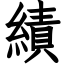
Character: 績